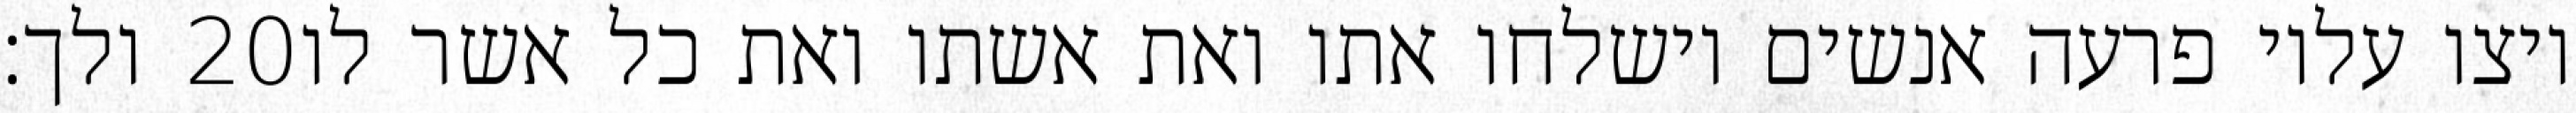
ולך׃ ‎20‏ ויצו עליו פרעה אנשים וישלחו אתו ואת אשתו ואת כל אשר לו